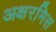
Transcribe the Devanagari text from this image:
अक्षरमिस